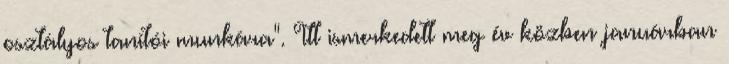
osztályos tanítói munkára". Itt ismerkedett meg év közben januárban